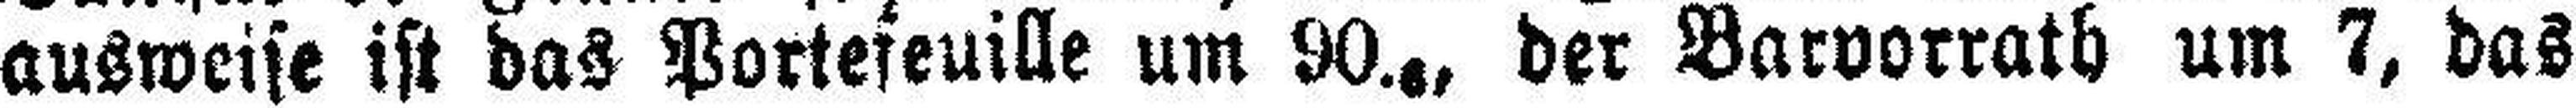
ausweise ist das Portefeuille um 90.6, der Barvorrath um 7, das